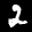
Label: 2